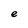
Character: e